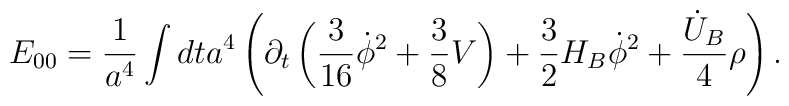
E_{00}=\frac{1}{a^4}\int dt a^4 \left(\partial_t \left( \frac{3}{16}\dot \phi^2 +\frac{3}{8}V\right)+\frac{3}{2}H_B\dot\phi^2+ \frac{\dot U_B}{4}\rho \right).